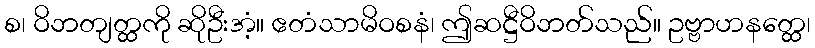
စ၊ ဝိဘတျတ္ထကို ဆိုဦးအံ့။ ဧတံသာမိဝစနံ၊ ဤဆဋ္ဌီဝိဘတ်သည်။ ဥဗ္ဗာဟနတ္ထေ၊